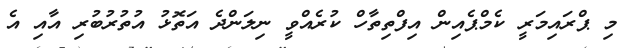
މި ޕްރައިމަރީ ކެމްޕެއިން އިފްތިތާހް ކުރެއްވީ ނިލަންދެ އަތޮޅު އުތުރުބުރި އާއި އެ